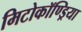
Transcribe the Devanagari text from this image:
मिटोकॉण्ड्रिया